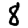
Digit: 8